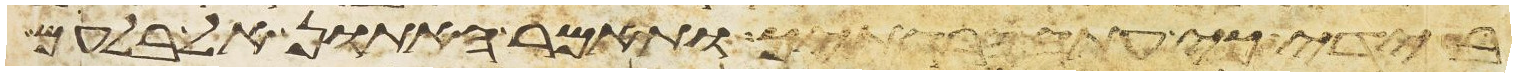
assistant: בידי כי עתה הרגתיך ותאמר האתון אל בלעם